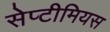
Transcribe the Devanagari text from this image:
सेप्टीमियस